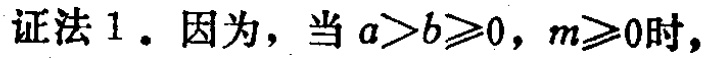
证法 1. 因为，当 \(a > b\geqslant0\)，\(m\geqslant0\) 时，